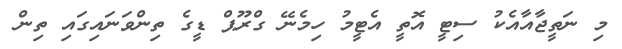
މި ނަތީޖާއާއެކު ސިޓީ އޮތީ އެޓީމު ހިމެނޭ ގްރޫޕް ޑީގެ ތިންވަނައިގައި ތިން